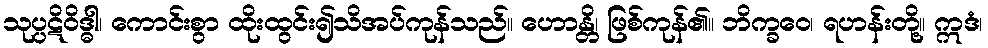
သုပ္ပဋိဝိဒ္ဓါ၊ ကောင်းစွာ ထိုးထွင်း၍သိအပ်ကုန်သည်။ ဟောန္တိ၊ ဖြစ်ကုန်၏။ ဘိက္ခဝေ၊ ရဟန်းတို့။ ဣဒံ၊